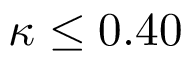
\kappa \leq 0 . 4 0